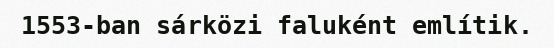
1553-ban sárközi faluként említik.